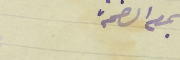
بتمام الصحة